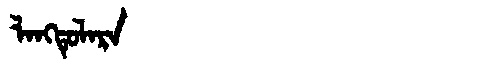
Manchu: ᠯᠠᠩᡨᡠᠯᠠᡵᠠ
Romanization: LANGTULARA